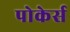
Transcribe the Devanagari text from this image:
पोकेर्स